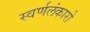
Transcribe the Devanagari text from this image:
स्वर्णलंकारो